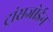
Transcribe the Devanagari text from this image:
ट्रांसजोर्डन